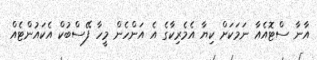
އާނާ ސްޓޮއެއާ ނަމަކަށް ކިޔާ އެމެރިކާގެ އެ އަންހެން މީހާ ފޭސްބުކް އެކައުންޓެއް